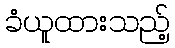
ခံယူထားသည့်